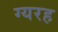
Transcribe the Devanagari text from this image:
ग्यरह